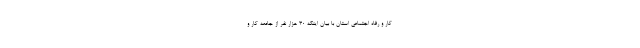
کار و رفاه اجتماعی استان با بیان اینکه ۳۰ هزار نفر از جامعه کار و